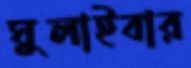
ঘুলাইবার